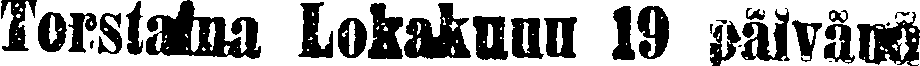
Torstaina Lokakuun 19 päivänä